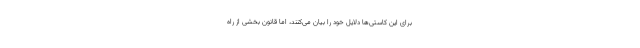
برای این کاستی‌ها دلایل خود را بیان می‌کنند، اما قانون بخشی از راه